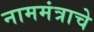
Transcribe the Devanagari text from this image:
नाममंत्राचे